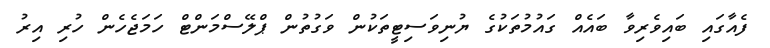
ފެއާގައި ބައިވެރިވާ ބައެއް ގައުމުތަކުގެ ޔުނިވަސިޓީތަކުން ވަގުތުން ޕްލޭސްމަންޓް ހަމަޖެހެން ހުރި އިރު